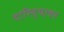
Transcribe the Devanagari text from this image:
दारिद्र्यावर